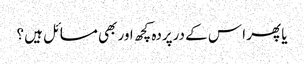
یا پھر ا س کے درپردہ کچھ اور بھی مسائل ہیں ؟